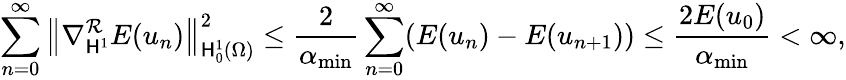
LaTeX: \sum_{n=0}^{\infty}\left\Vert\nabla_{\mathsf{H}^{1}}^{\mathcal{{R}}}E(u_{n})\right\Vert_{\mathsf{H}_{0}^{1}(\Omega)}^{2}\leq\frac{{2}}{{\alpha_{\operatorname*{min}}}}\sum_{n=0}^{\infty}(E(u_{n})-E(u_{n+1}))\leq\frac{{2E(u_{0})}}{{\alpha_{\operatorname*{min}}}}<\infty,